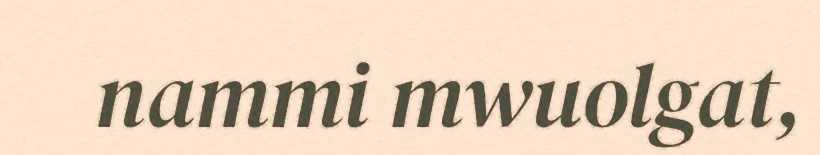
nammi mwuolgat,